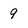
Character: 9